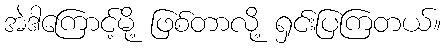
အဲဒါကြောင့်မို့ ဖြစ်တာလို့ ရှင်းပြကြတယ်။